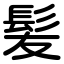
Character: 髪